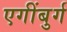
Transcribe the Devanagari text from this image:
एगींबुर्ग